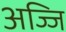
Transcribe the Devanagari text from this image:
अज्जि